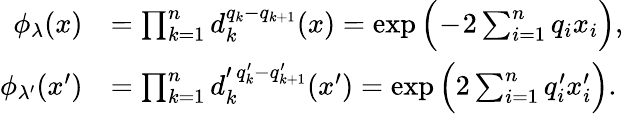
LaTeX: \begin{array}{rl}{\phi_{\lambda}(x)}&{=\prod_{k=1}^{n}d_{k}^{q_{k}-q_{k+1}}(x)=\exp\Big(\! -\! 2\sum_{i=1}^{n}q_{i}x_{i}\Big),}\\ {\phi_{\lambda^{\prime}}(x^{\prime})}&{=\prod_{k=1}^{n}d_{k}^{\prime\, q_{k}^{\prime}-q_{k+1}^{\prime}}(x^{\prime})=\exp\Big(2\sum_{i=1}^{n}q_{i}^{\prime}x_{i}^{\prime}\Big).}\end{array}